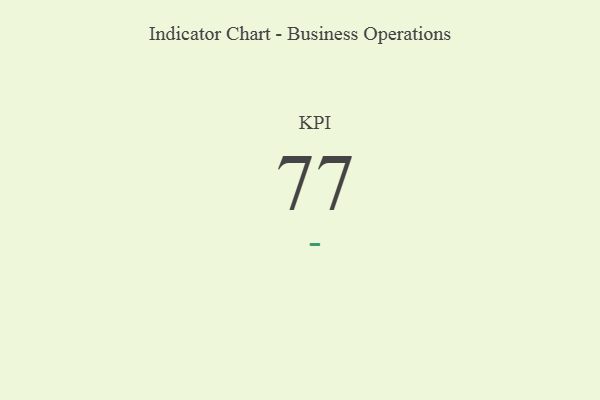
{"axis": {"x": "KPI", "y": "Value"}, "legend": [""], "data": [{"x": "KPI", "y": 77, "type": ""}]}